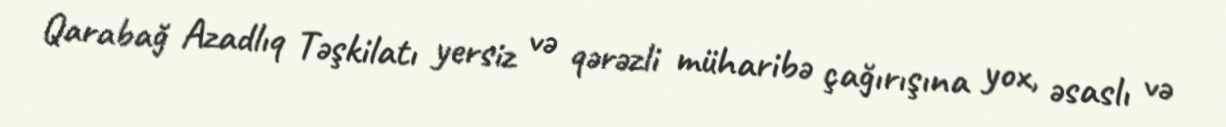
Qarabağ Azadlıq Təşkilatı yersiz və qərəzli müharibə çağırışına yox, əsaslı və